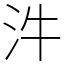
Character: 汼